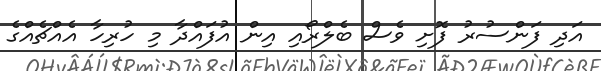
އަދި ފަންސުރު ފޮށި ވެސް ބެލްރޯއި އިން އުފައްދާ މި ހުރިހާ އެއްޗެއްގެ